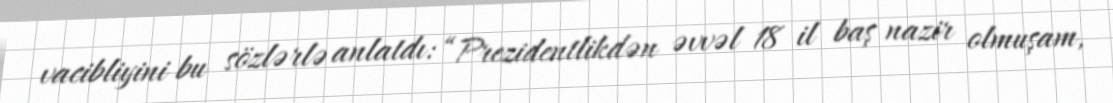
vacibliyini bu sözlərlə anlatdı: “Prezidentlikdən əvvəl 18 il baş nazir olmuşam,